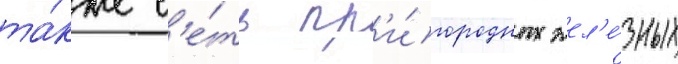
та́кже с'е́ть пр'и́городных жел'е́зных